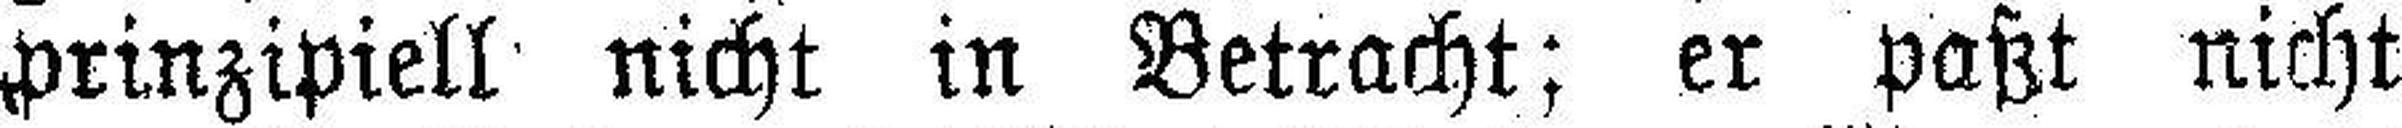
prinzipiell nicht in Betracht; er paßt nicht